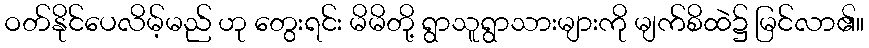
ဝတ်နိုင်ပေလိမ့်မည် ဟု တွေးရင်း မိမိတို့ ရွာသူရွာသားများကို မျက်စိထဲ၌ မြင်လာ၏။